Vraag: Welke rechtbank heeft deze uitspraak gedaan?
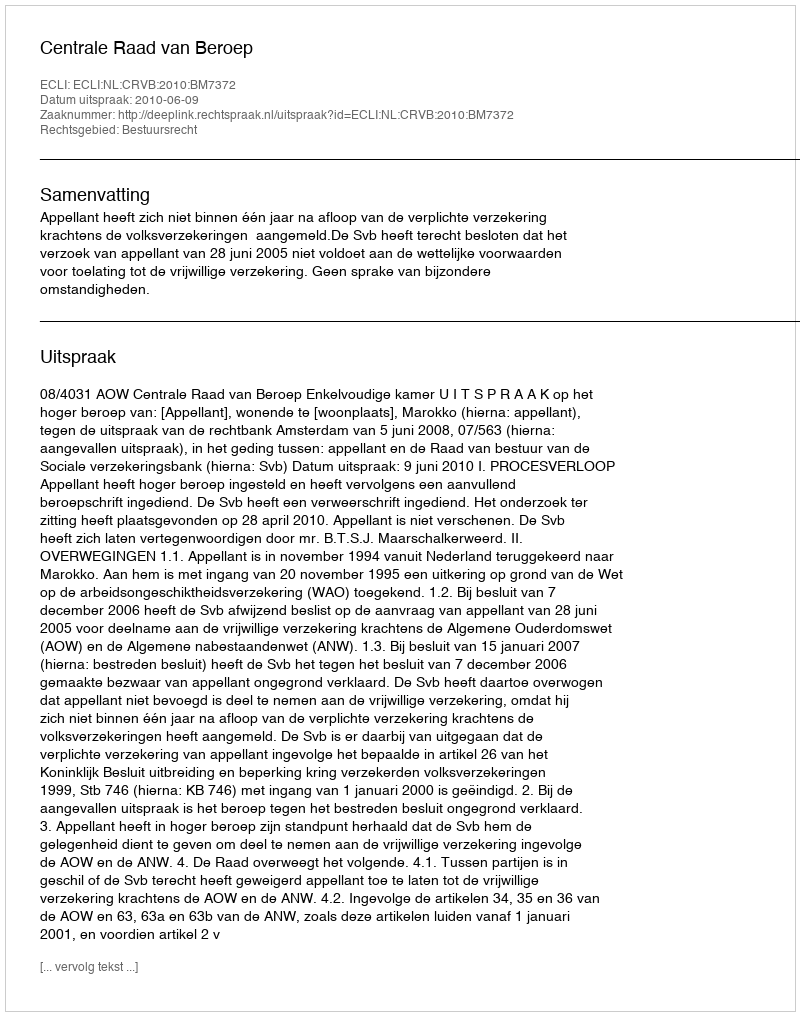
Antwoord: Centrale Raad van Beroep